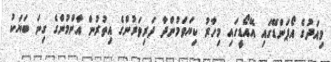
މިއަދުގެ އޯޕަންޑޭގައި އޭއޯޑީގައި މިހާރު ކިޔަވަމުންދާ ދަރިވަރުންގެ އިތުރުން އާންމުންގެ ގިނަ ބަޔަކު